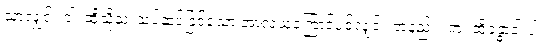
သာလျှင်။ ဝါ၊ ထိုသို့သုံးသပ်ဆင်ခြင်သော အာလယကြောင့်ပင်လျှင်။ တနည်း။ တံ၊ ထိုခန္ဓာငါးပါး